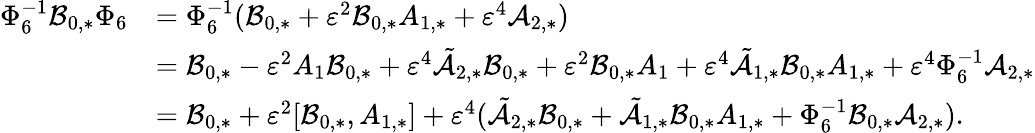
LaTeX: \begin{array}{rl}{\Phi_{6}^{-1}\mathcal{B}_{0,*}\Phi_{6}}&{=\Phi_{6}^{-1}(\mathcal{B}_{0,*}+\varepsilon^{2}\mathcal{B}_{0,*}A_{1,*}+\varepsilon^{4}\mathcal{A}_{2,*})}\\ &{=\mathcal{B}_{0,*}-\varepsilon^{2}A_{1}\mathcal{B}_{0,*}+\varepsilon^{4}\tilde{\mathcal{A}}_{2,*}\mathcal{B}_{0,*}+\varepsilon^{2}\mathcal{B}_{0,*}A_{1}+\varepsilon^{4}\tilde{\mathcal{A}}_{1,*}\mathcal{B}_{0,*}A_{1,*}+\varepsilon^{4}\Phi_{6}^{-1}\mathcal{A}_{2,*}}\\ &{=\mathcal{B}_{0,*}+\varepsilon^{2}[\mathcal{B}_{0,*},A_{1,*}]+\varepsilon^{4}(\tilde{\mathcal{A}}_{2,*}\mathcal{B}_{0,*}+\tilde{\mathcal{A}}_{1,*}\mathcal{B}_{0,*}A_{1,*}+\Phi_{6}^{-1}\mathcal{B}_{0,*}\mathcal{A}_{2,*}).}\end{array}